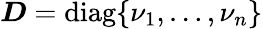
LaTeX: \boldsymbol{D}=\textrm{diag}\{ \nu_{1},\dots,\nu_{n}\}